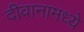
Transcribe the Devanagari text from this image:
दीवानामध्ये